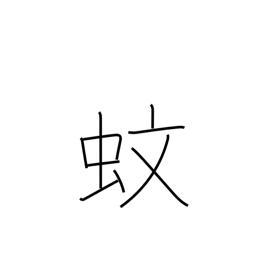
Meaning: mosquito